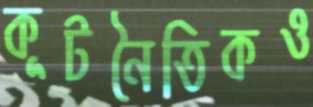
কূটনৈতিকও